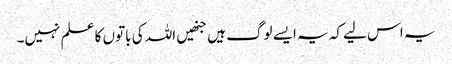
یہ اس لیے کہ یہ ایسے لوگ ہیں جنھیں اللہ کی باتوں کا علم نہیں۔